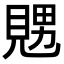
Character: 𧡇